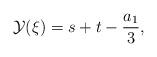
LaTeX: \begin{align*}{\cal{Y}}(\xi)=s+t-\frac{a_{1}}{3},\end{align*}